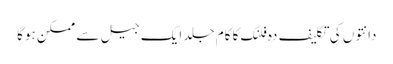
دانتوں کی تکلیف دہ فلنگ کا کام جلد ایک جیل سے ممکن ہوگا